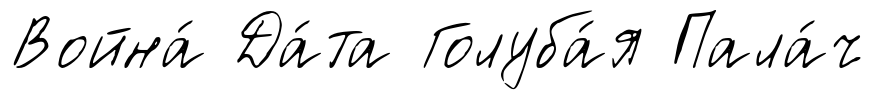
Война́ Да́та Голуба́я Пала́ч